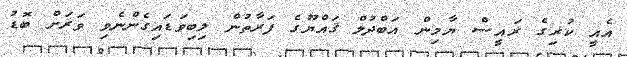
އެއީ ކުރިގެ ރައީސް ޔާމިން އަބްދުލް ޤައްޔޫގެ ފަރާތުން ލިބިވަޑައިގެންނެވި ވަރަށް ބޮޑު